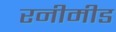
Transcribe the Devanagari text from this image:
रनीमीड